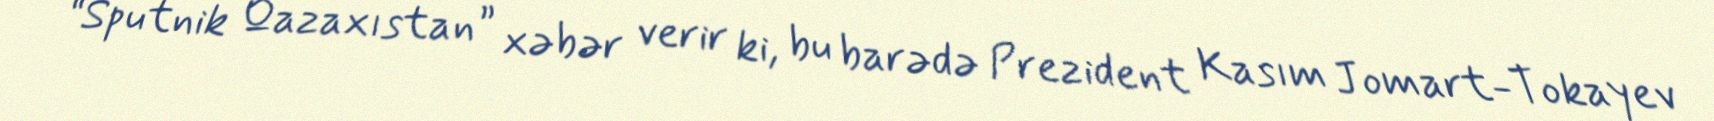
“Sputnik Qazaxıstan” xəbər verir ki, bu barədə Prezident Kasım Jomart-Tokayev